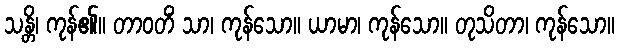
သန္တိ၊ ကုန်၏။ တာဝတိံ သာ၊ ကုန်သော။ ယာမာ၊ ကုန်သော။ တုသိတာ၊ ကုန်သော။